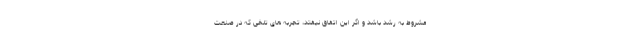
مشروط به رشد باشد و اگر این اتفاق نیفتد، تجربه های تلخی که در صنعت